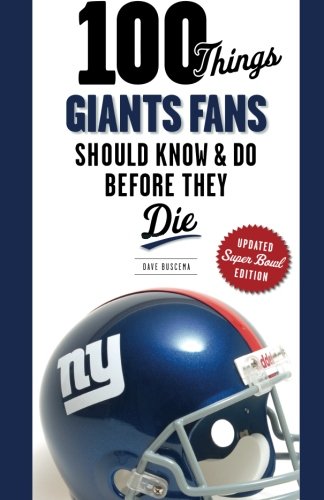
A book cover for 100 Things Giants Fans Should Know & Do Before They Die (100 Things...Fans Should Know); Dave Buscema; Travel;